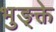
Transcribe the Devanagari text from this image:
भुङ्क्ते